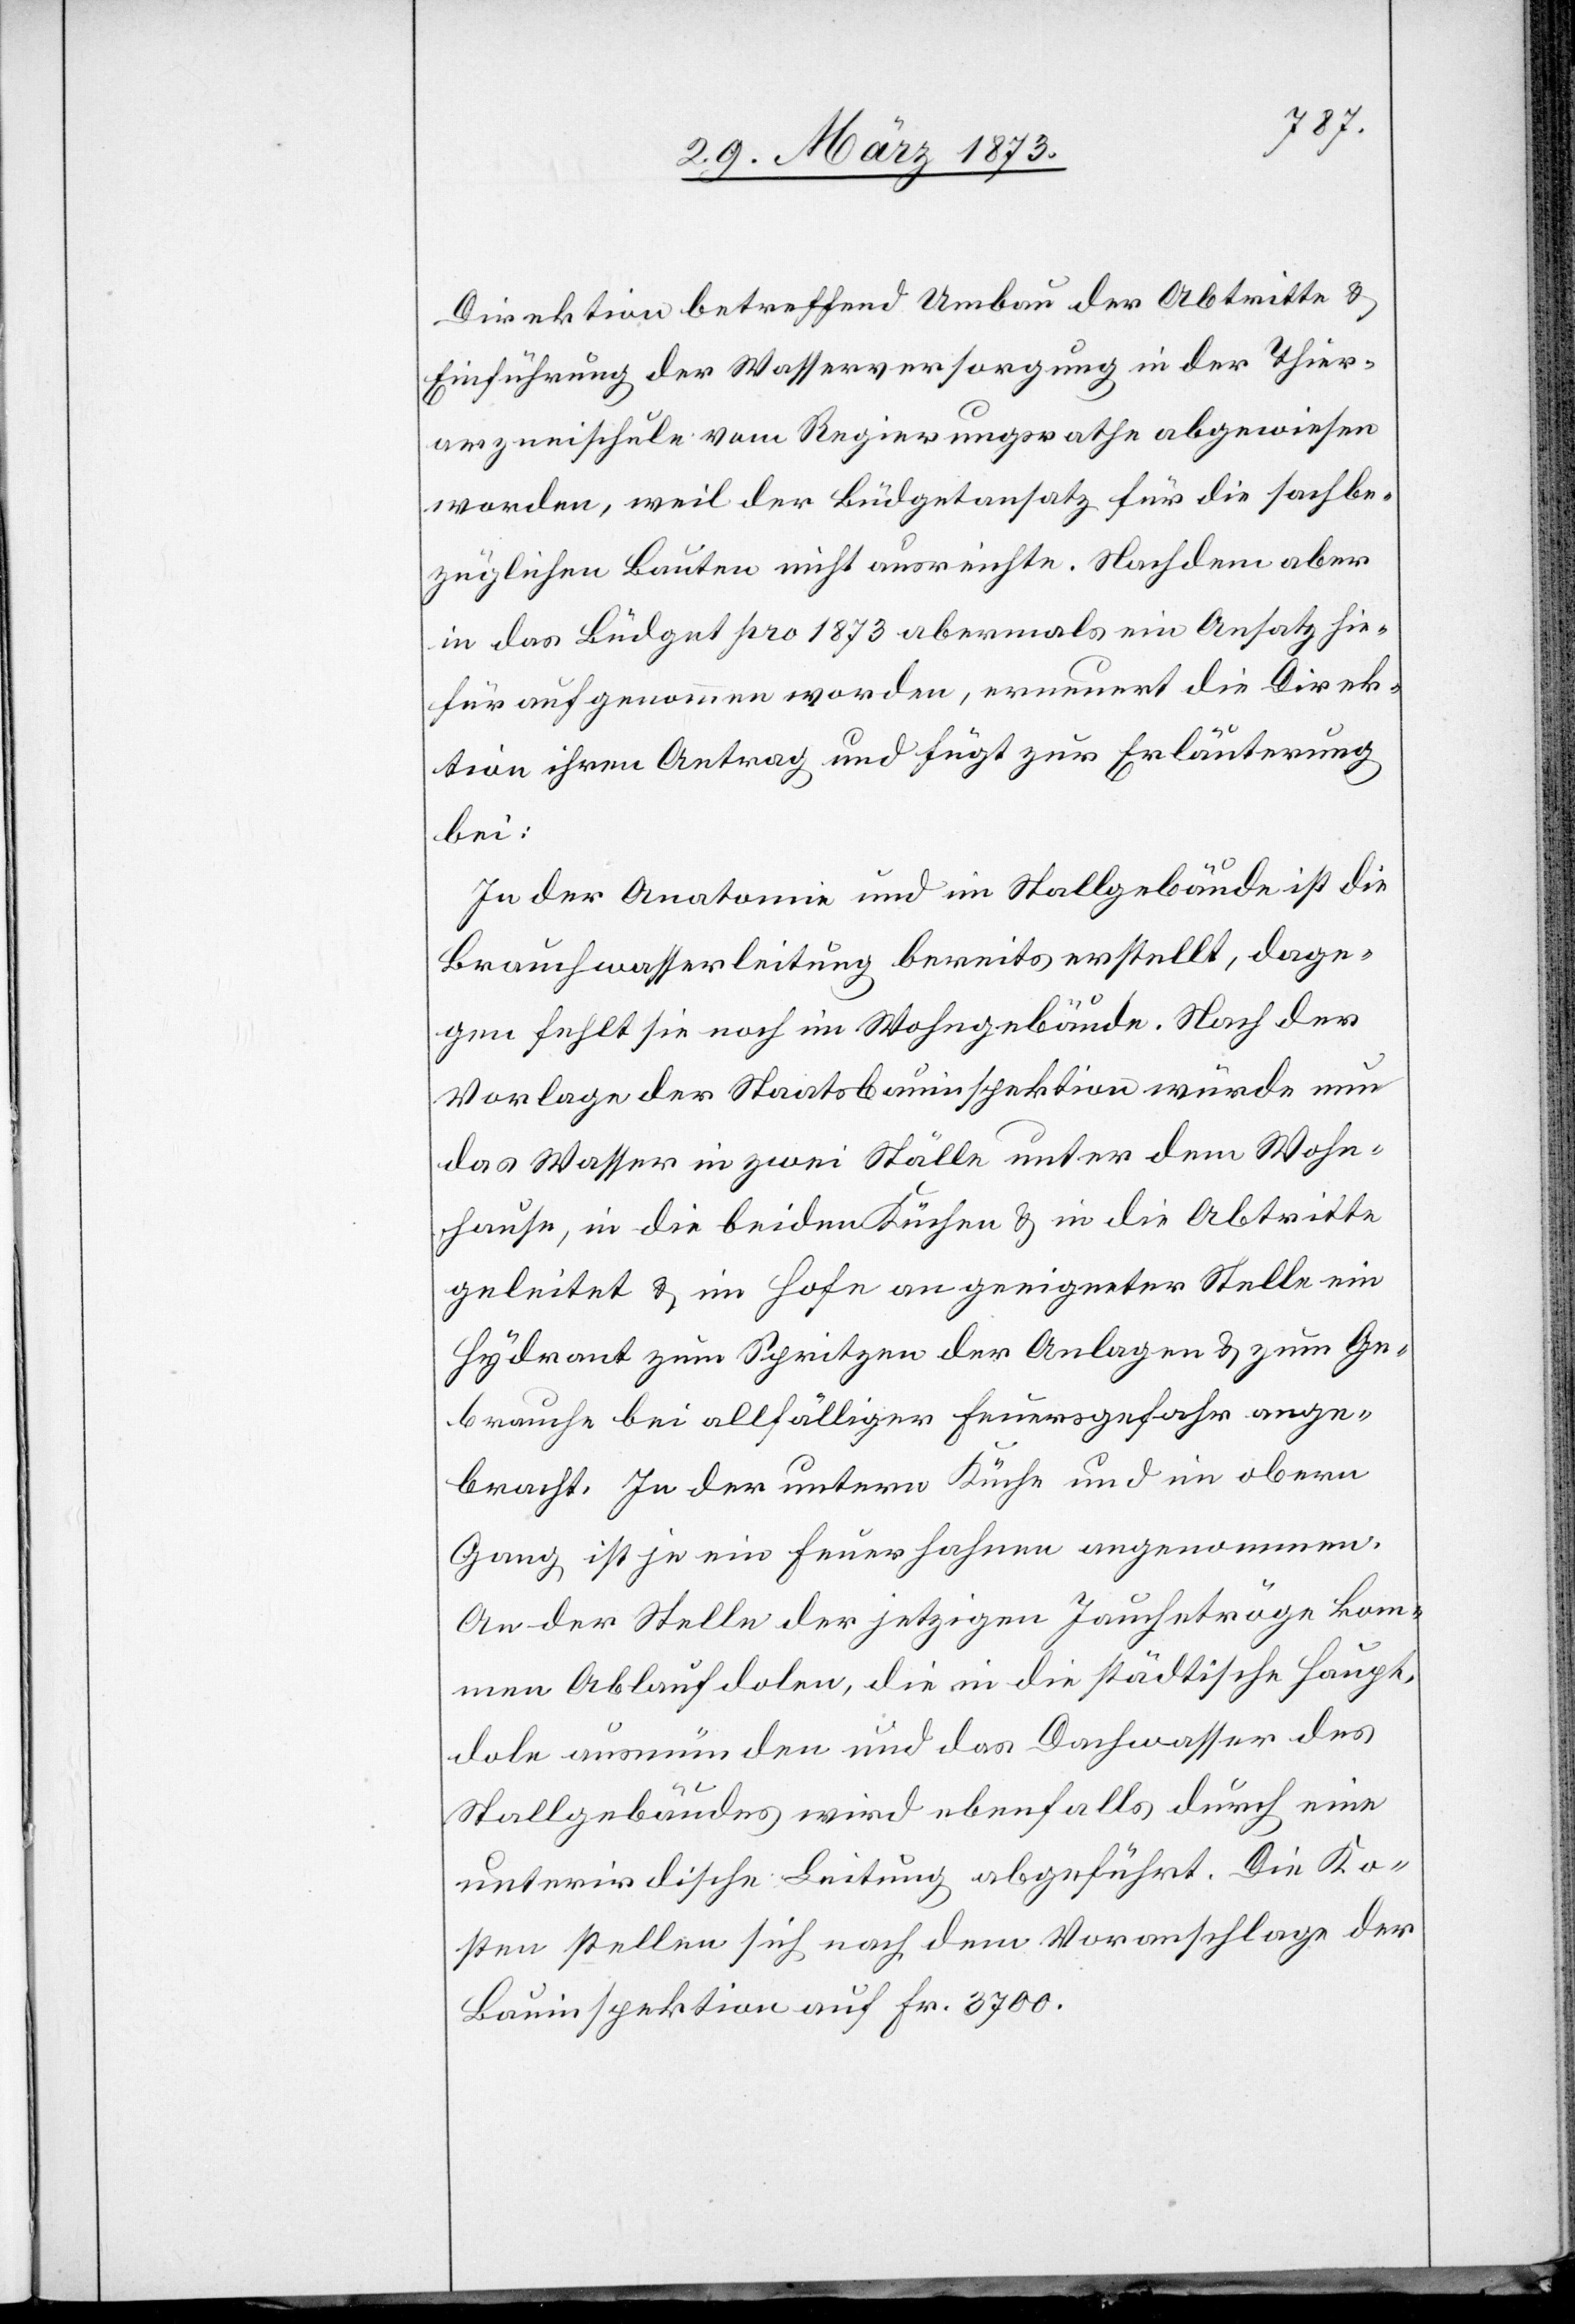
Direktion betreffend Umbau der Abtritte u.
Einführung der Wasserversorgung in der Thier¬
arzneischule vom Regierungsrathe abgewiesen
worden, weil der Büdgetansatz für die sachbe¬
züglichen Bauten nicht ausreichte. Nachdem aber
in das Büdget pro 1873 abermals ein Ansatz hie¬
für aufgenommen worden, erneuert die Direk¬
tion ihren Antrag und fügt zur Erläuterung
bei:
In der Anatomie und im Stallgebäude ist die
Brauchwasserleitung bereits erstellt, dage¬
gen fehlt sie noch im Wohngebäude. Nach der
Vorlage der Staatsbauinspektion würde nun
das Wasser in zwei Ställe unter dem Wohn¬
hause, in die beiden Küchen u. in die Abritte
geleitet u. im Hofe an geeigneter Stelle ein
Hydrant zum Spritzen der Anlagen u. zum Ge¬
brauche bei allfälliger Feuersgefahr ange¬
bracht. In der untern Küche und im obern
Gang ist je ein Feuerhahnen angenommen.
An der Stelle der jetzigen Jaucheträge kom¬
men Ablaufdolen, die in die städtische Haupt¬
dole ausmünden und das Dachwasser des
Stallgebäudes wird ebenfalls durch eine
unterirdische Leitung abgeführt. Die Ko¬
sten stellen sich nach dem Voranschlage der
Bauinspektion auf Fr. 3700.